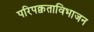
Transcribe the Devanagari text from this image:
परिपक्वताविभाजन